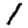
Digit: 1